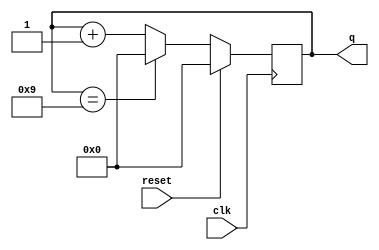
module top_module (
    input clk,
    input reset,        // Synchronous active-high reset
    output [3:0] q);

    always@(posedge clk)
        q <= reset? 0: (q==4'b1001)?0:q+1;
endmodule